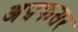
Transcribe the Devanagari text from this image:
अप़फसर